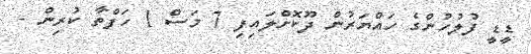
ޑީޑީ ފުލުހުންގެ ހައްޔަރުން ދޫކޮށްލައިފި 7 މަސް 1 ހަފްތާ ކުރިން -